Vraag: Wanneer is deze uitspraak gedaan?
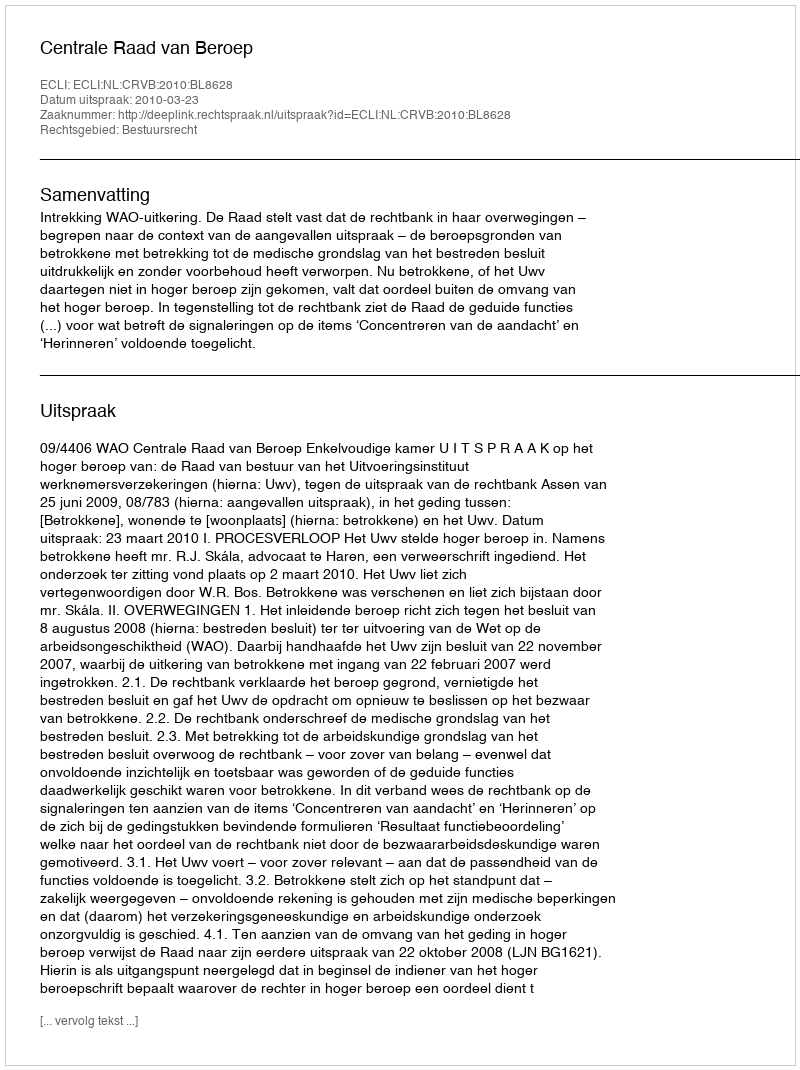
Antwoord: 2010-03-23